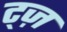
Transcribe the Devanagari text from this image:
ट्ज़